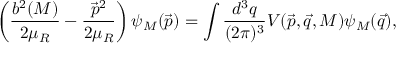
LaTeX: \left( \frac { b ^ { 2 } ( M ) } { 2 \mu _ { R } } - \frac { \vec { p } ^ { 2 } } { 2 \mu _ { R } } \right) \psi _ { M } ( \vec { p } ) = \int \frac { d ^ { 3 } q } { ( 2 \pi ) ^ { 3 } } V ( \vec { p } , \vec { q } , M ) \psi _ { M } ( \vec { q } ) ,